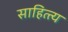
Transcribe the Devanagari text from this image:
साहित्त्य